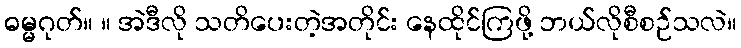
ဓမ္မဂုတ်။ ။ အဲဒီလို သတိပေးတဲ့အတိုင်း နေထိုင်ကြဖို့ ဘယ်လိုစီစဉ်သလဲ။